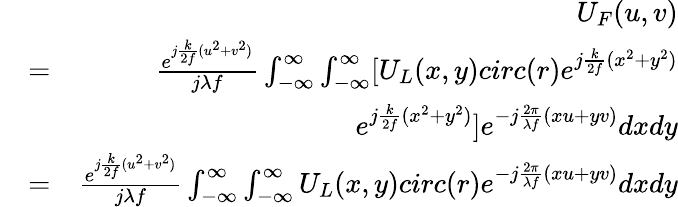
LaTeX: \begin{array}{rlr}&{}&{U_{F}(u,v)}\\ &{=}&{\frac{e^{j\frac{k}{2f}(u^{2}+v^{2})}}{j\lambda f}\int_{-\infty}^{\infty}\int_{-\infty}^{\infty}[U_{L}(x,y)circ(r)e^{j\frac{k}{2f}(x^{2}+y^{2})}}\\ &{}&{e^{j\frac{k}{2f}(x^{2}+y^{2})}]e^{-j\frac{2\pi}{\lambda f}(xu+yv)}dxdy}\\ &{=}&{\frac{e^{j\frac{k}{2f}(u^{2}+v^{2})}}{j\lambda f}\int_{-\infty}^{\infty}\int_{-\infty}^{\infty}U_{L}(x,y)circ(r)e^{-j\frac{2\pi}{\lambda f}(xu+yv)}dxdy}\end{array}